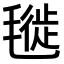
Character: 𣯪